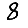
Digit: 8